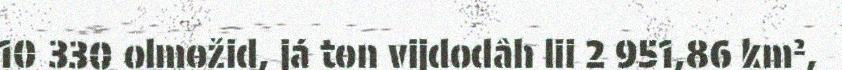
10 330 olmožid, já ton vijdodâh lii 2 951,86 km²,